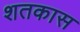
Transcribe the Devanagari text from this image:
शतकास